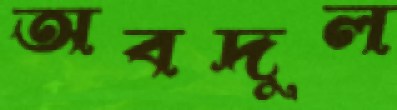
অবদুল